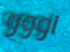
اووو